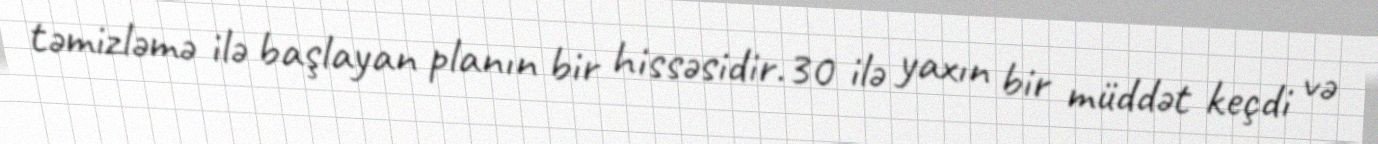
təmizləmə ilə başlayan planın bir hissəsidir.30 ilə yaxın bir müddət keçdi və